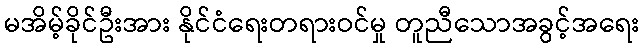
မအိမ့်ခိုင်ဦးအား နိုင်ငံရေးတရားဝင်မှု တူညီသောအခွင့်အရေး